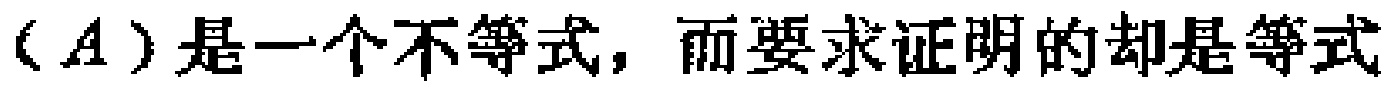
\((A)\)是一个不等式，而要求证明的却是等式